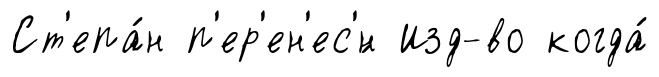
Ст'епа́н п'ер'ен'ес'́н Изд-во когда́